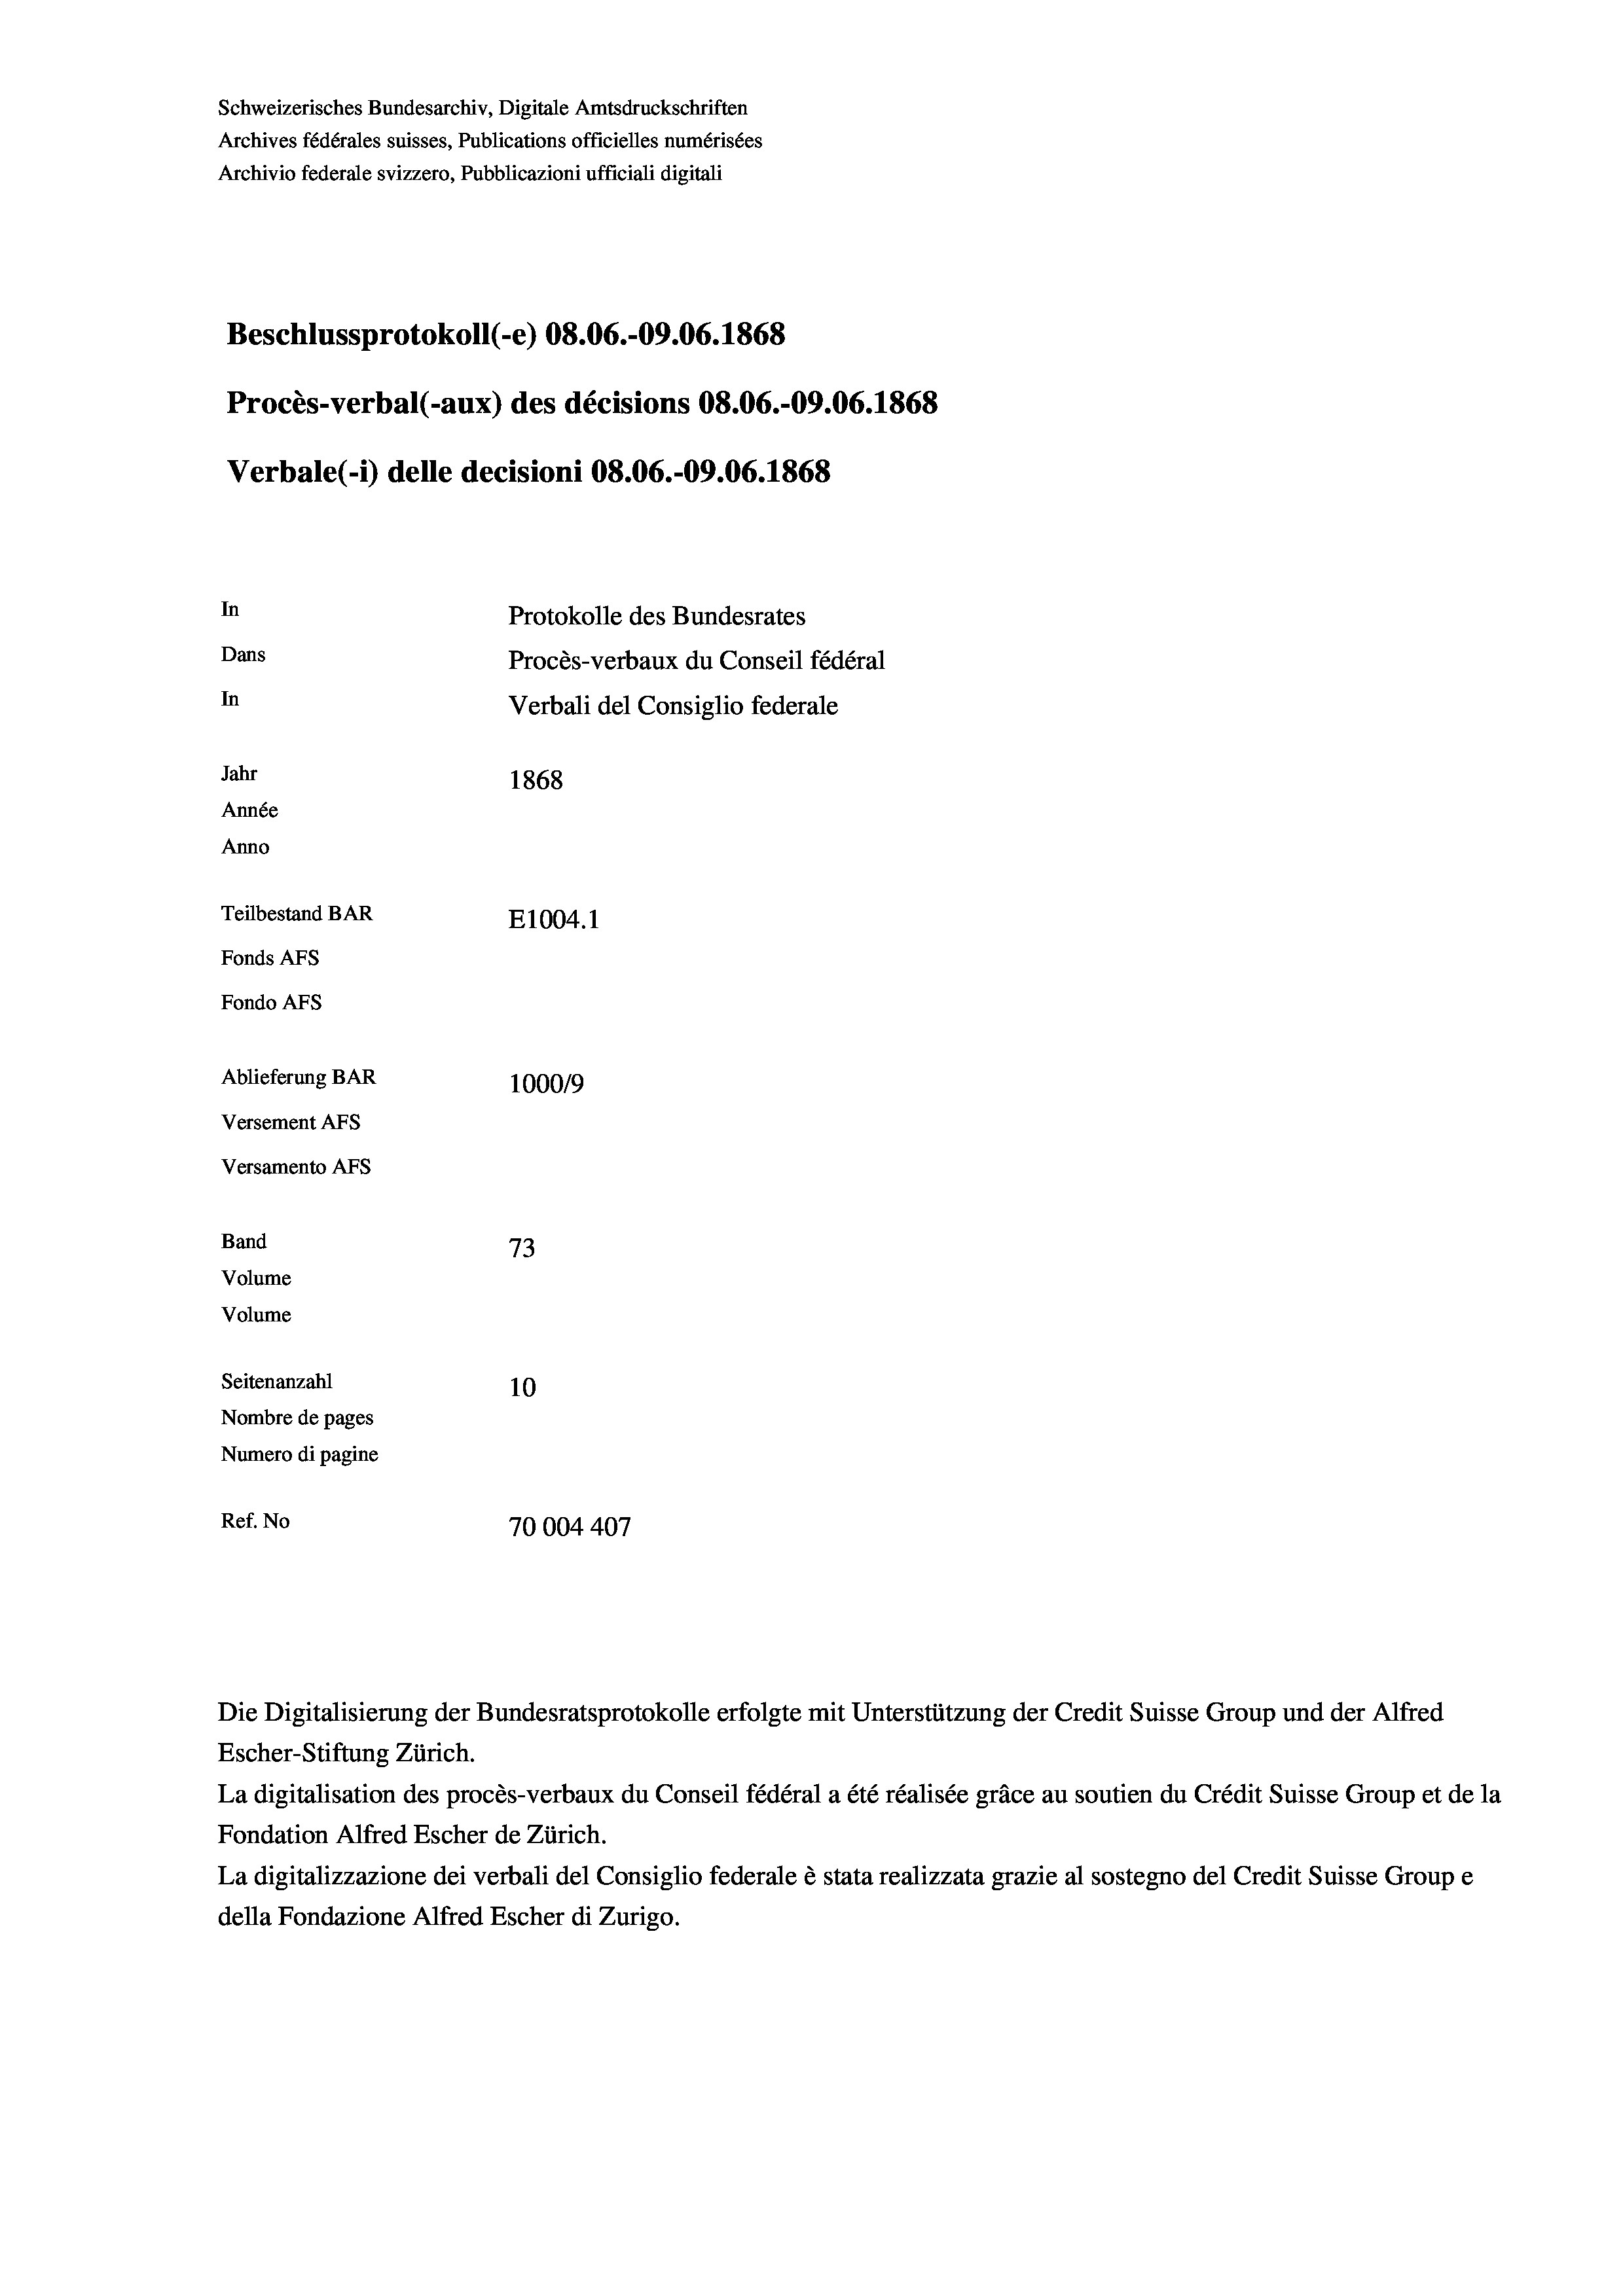
Schweizerisches Bundesarchiv, Digitale Amtsdruckschriften
Archives fédérales suisses, Publications officielles numérisées
Archivio federale svizzero, Pubblicazioni ufficiali digitali
Beschlussprotokoll (-e) 08.06.-09.06. 1868
Procès-verbal (-aux) des décisions 08.06.-09.06. 1868
Verbale (- 1) delle decisioni 08.06.-09.06. 1868
In
Protokolle des Bundesrates
Dans
Procès-verbaux du Conseil fédéral
In
Verbali del Consiglio federale
Jahr
1868
Année
Anno
Teilbestand BAR
E1004.1
Fonds AFs
Fondo Afs
Ablieferung BAR
100019
Versement Ans
Versamento Afs
Band
73
Volume
Volume
Seitenanzahl
10
Nombre de pages
Numero di pagine
Ref. No
70004407

Escher-Stiftung Zürich.
La digitalisation des procès-verbaux du Conseil fédéral a été réalisée gräce au soutien du Crédit Suisse Group et de la
Fondation Alfred Escher de Zürich.
La digitalizzazione dei verbali del Consiglio federale è stata realizzata grazie al sostegno del Credit Suisse Groupe
della Fondazione Alfred Escher di Zurigo.

Die Digitalisierung der Bundesratsprotokolle erfolgte mit Unterstützung der Credit Suisse Group und der Alfred